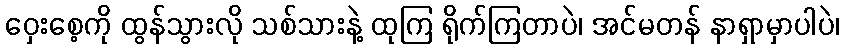
ဝှေးစေ့ကို ထွန်သွားလို သစ်သားနဲ့ ထုကြ ရိုက်ကြတာပဲ၊ အင်မတန် နာရှာမှာပါပဲ၊